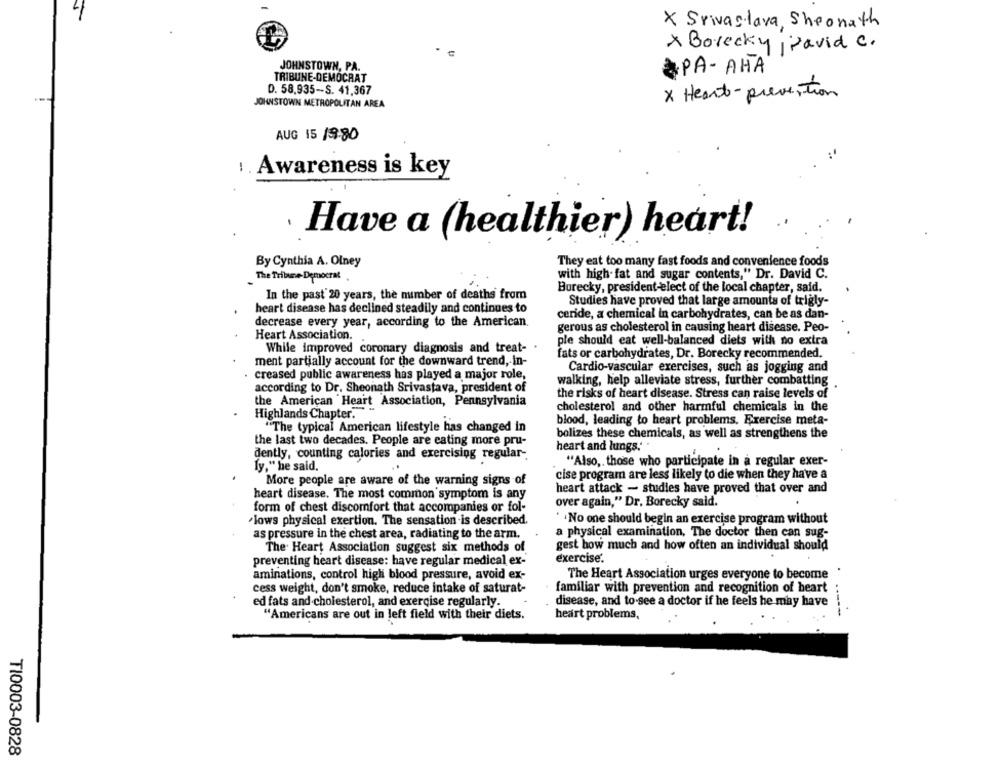
X Srivastava, Sheonath
X Borecky , pavid c.
JOHNSTOWN, PA.
PA-AHA
TRIBUNE-DEMOCRAT
D. 58.935-S. 41,367
x Heart-prevention
JOHNSTOWN METROPOLITAN AREA
AUG 15 19:80
Awareness is key
.
Have a (healthier) heart!
They eat too many fast foods and convenience foods
By Cynthia A. Olney
The Tribune- Democrat
with high fat and sugar contents," Dr. David C.
Burecky, president-elect of the local chapter, said.
In the past 20 years, the number of deaths from
Studies have proved that large amounts of trigly-
heart disease has declined steadily and continues to
ceride, a chemical in carbohydrates, can be as dan-
decrease every year, according to the American.
gerous as cholesterol in causing heart disease. Peo-
Heart Association.
ple should eat well-balanced diets with no extra
While improved coronary diagnosis and treat-
ment partially account for the downward trend, in-
fats or carbohydrates, Dr. Borecky recommended.
Cardio-vascular exercises, such as jogging and
creased public awareness has played a major role,
walking, help alleviate stress, further combatting
according to Dr. Sheonath Srivastava, president of
the risks of heart disease. Stress can raise levels of
the American Heart Association, Pennsylvania
cholesterol and other harmful chemicals in the
Highlands Chapter.
blood, leading to heart problems, Exercise meta-
"The typical American lifestyle has changed in
bolizes these chemicals, as well as strengthens the
the last two decades. People are cating more pru-
heart and lungs.'
dently, counting calories and exercising regular -.
"Also, those who participate in a regular exer-
ly," he said.
cise program are less likely to die when they have a
More people are aware of the warning signs of
heart attack - studies have proved that over and
heart disease. The most common symptom is any
form of chest discomfort that accompanies or fol-
over again," Dr. Borecky said.
lows physical exertion. The sensation is described.
* No one should begin an exercise program without
as pressure in the chest area, radiating to the arm.
a physical examination, The doctor then can sug-
The Heart Association suggest six methods of
gest how much and how often an individual should
exercise.
preventing heart disease: have regular medical ex-
aminations, control high blood pressure, avoid ex-
The Heart Association urges everyone to become
cess weight, don't smoke, reduce intake of saturat-
familiar with prevention and recognition of heart
ed fats and cholesterol, and exercise regularly.
disease, and to see a doctor if he feels he may have
"Americans are out in left field with their diets.
heart problems,
TI0003-0828